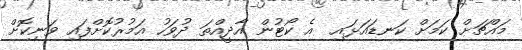
މައްޗަށް ކަމަށް ކަނޑައަޅައި  އެ ކޯޓުން އާދީއްތަ ދުވަހު އަމުރުކޮށްފައި ވަނިކޮށް